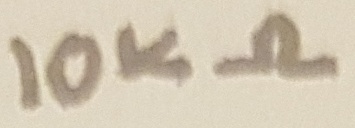
Text: 10KΩ